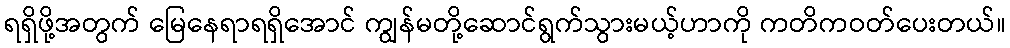
ရရှိဖို့အတွက် မြေနေရာရရှိအောင် ကျွန်မတို့ဆောင်ရွက်သွားမယ့်ဟာကို ကတိကဝတ်ပေးတယ်။